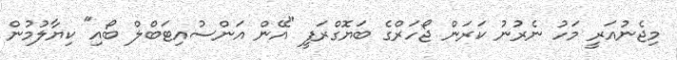
މިޖެނުއަރީ މަހު ނެރުނު ކަރަން ޖޯހަރްގެ ބަޔޮގްރަފީ "އޭން އަންސުއިޓަބްލް ބޯއި" ކިޔާލުމުން